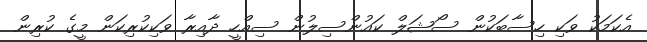
އެކަމަކު ވަކި ހިސާބަކުން ސޯޝަލް ކައުންސިލުން ސިއްހީ ދާއިރާ ވަކިކުރިކަން މީގެ ކުރިން